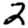
Digit: 2